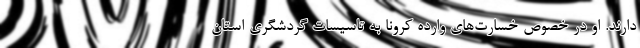
دارند. او در خصوص خسارت‌های وارده کرونا به تاسیسات گردشگری استان